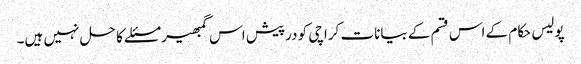
پولیس حکام کے اس قسم کے بیانات کراچی کو درپیش اس گمبھیر مسئلے کا حل نہیں ہیں۔